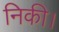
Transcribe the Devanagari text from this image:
निकी।